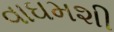
વાઘમશી